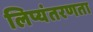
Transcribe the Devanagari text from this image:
लिप्यंतरणता